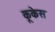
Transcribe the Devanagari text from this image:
कूकेस